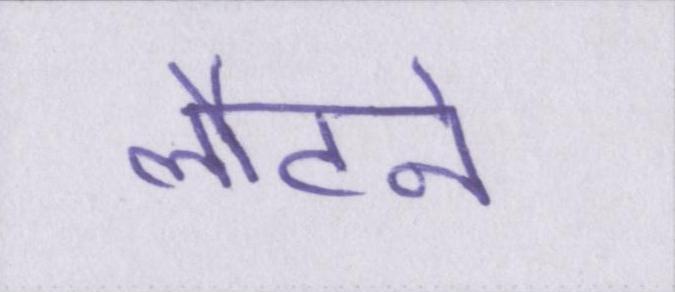
लौटने